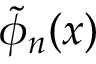
\tilde { \phi } _ { n } ( x )